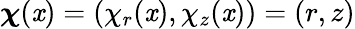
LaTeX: \boldsymbol{\chi}(\mathit{x})=(\chi_{r}(\mathit{x}),\chi_{z}(\mathit{x}))=(r,z)